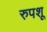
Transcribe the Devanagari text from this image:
रुपशू